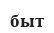
быт